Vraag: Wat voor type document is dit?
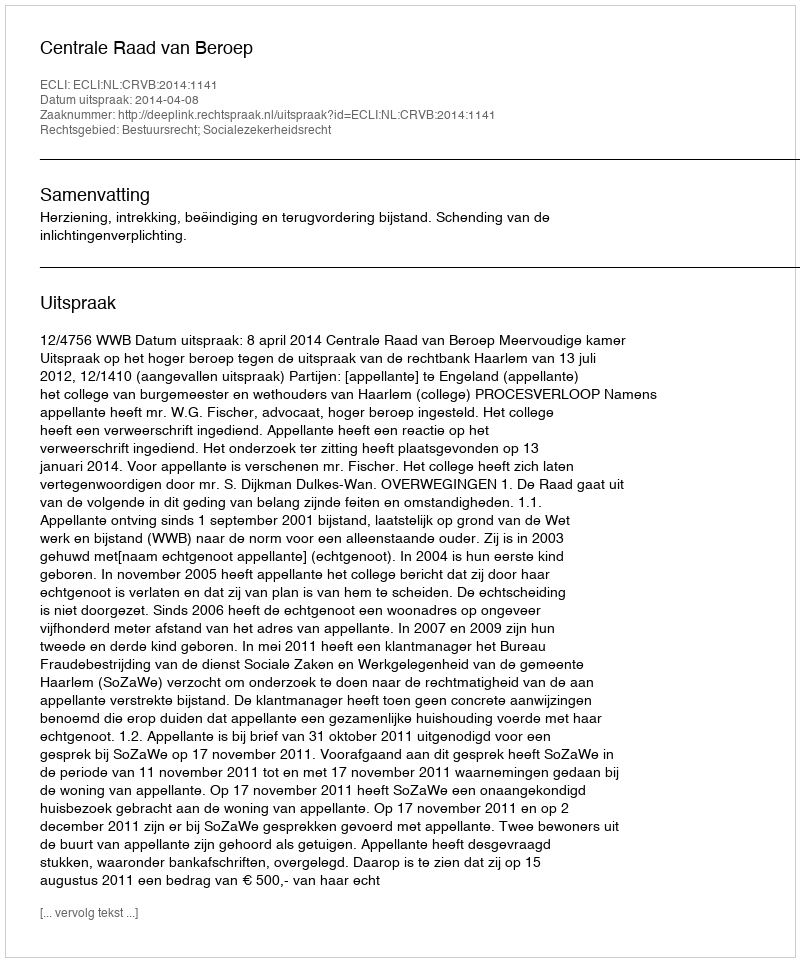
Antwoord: Uitspraak